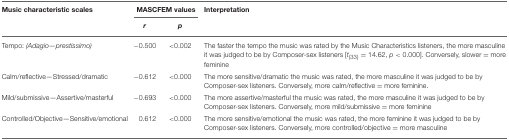
| Music characteristic scales | <COLSPAN=2> MASCFEM values | Interpretation |
 |  | r | p |  |
 | --- | --- | --- | --- |
 | Tempo: (Adagio—prestissimo) | −0.500 | < 0.002 | The faster the tempo the music was rated by the Music Characteristics listeners, the more masculine it was judged to be by Composer-sex listeners [t(33) = 14.62, p < 0.000]. Conversely, slower = more feminine |
 | Calm/reflective—Stressed/dramatic | −0.612 | < 0.000 | The more sensitive/dramatic the music was rated, the more masculine it was judged to be by Composer-sex listeners. Conversely, more calm/reflective = more feminine. |
 | Mild/submissive—Assertive/masterful | −0.693 | < 0.000 | The more assertive/masterful the music was rated, the more masculine it was judged to be by Composer-sex listeners. Conversely, more mild/submissive = more feminine |
 | Controlled/Objective—Sensitive/emotional | 0.612 | < 0.000 | The more sensitive/emotional the music was rated, the more feminine it was judged to be by Composer-sex listeners. Conversely, more controlled/objective = more masculine |